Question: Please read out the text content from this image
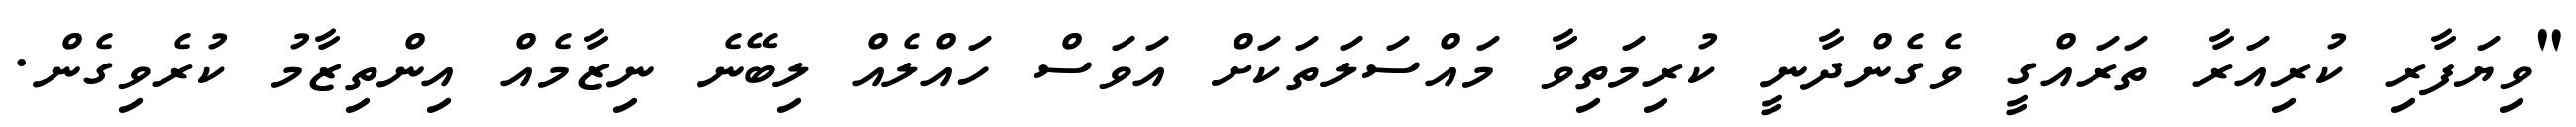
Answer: "ވިޔަފާރި ކުރިއަރާ ތަރައްގީ ވެގެންދާނީ ކުރިމަތިވާ މައްސަލަތަކަށް އަވަސް ހައްލެއް ލިބޭނެ ނިޒާމެއް އިންތިޒާމު ކުރެވިގެން.